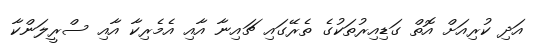
އަދި ކުރިއަށް އޮތް ގަޑިއިރުތަކުގެ ތެރޭގައި ޗައިނާ އާއި އެމެރިކާ އާއި ސްރީލަންކާ